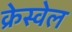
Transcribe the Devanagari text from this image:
क्रेस्वेल